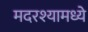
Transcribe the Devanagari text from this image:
मदरश्यामध्ये